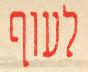
לעוף